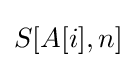
S[A[i],n]